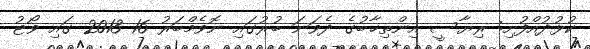
ކުޅުދުއްފުށި: ރިޔާސީ އިންތިޚާބުގެ ދެވަނަ ބުރުގައި ނޮވެމްބަރު 16 2013 ގައި ވޯޓު